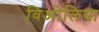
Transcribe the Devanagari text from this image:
विओलिया